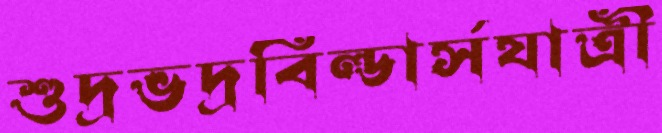
শুদ্রভদ্রবিল্ডার্সযাত্রী